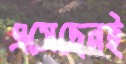
এসেছেনই